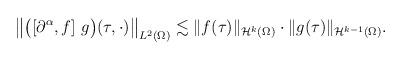
LaTeX: \begin{align*}\begin{aligned}&\big\|\big([\partial^\alpha, f]~g\big)(\tau,\cdot)\big\|_{L^2(\Omega)} \lesssim \|f(\tau)\|_{\mathcal{H}^k(\Omega)}\cdot\|g(\tau)\|_{\mathcal{H}^{k-1}(\Omega)}.\end{aligned}\end{align*}